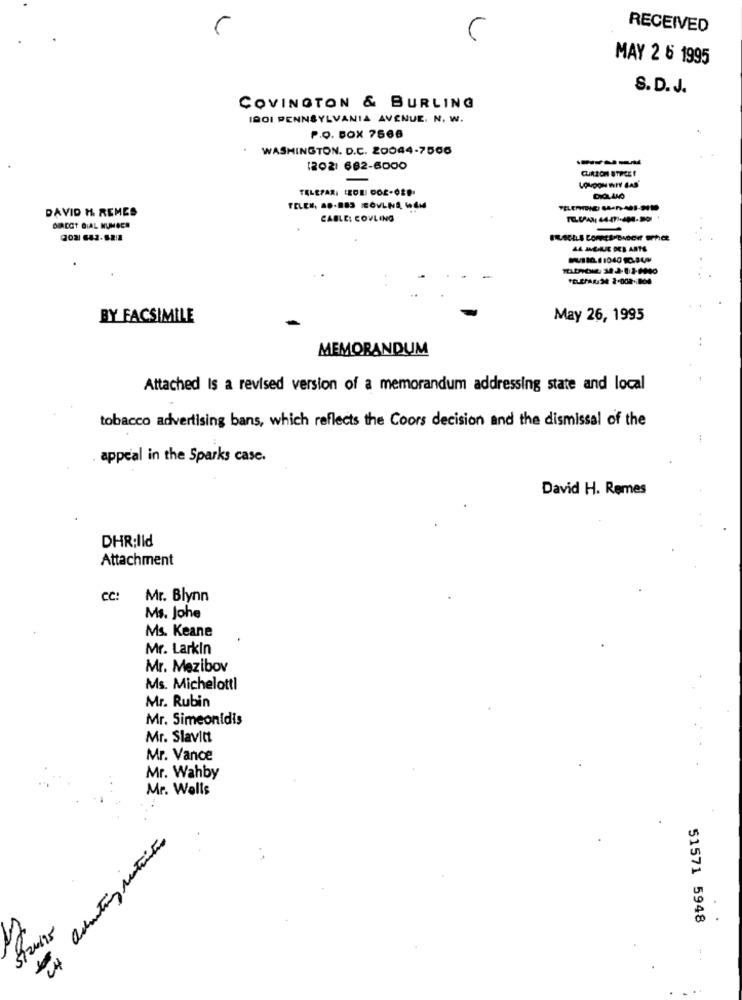
RECEIVED
MAY 2 6 1995
S. D. J.
COVINGTON & BURLING
IBOI PENNSYLVANIA AVENUE. N. W.
P.O. BOX 7566
WASHINGTON. D.C. 20044-7506
---
1202) 682-6000
TELEFAX: LEDEI DOS-OSP
DICLAND
DAVID H. REMES
TELEN, 80-883 EOVLNA, WLM
CABLE: COVLING
DIRECT DIAL NUMBER
BY FACSIMILE
May 26, 1995
MEMORANDUM
Attached Is a revised version of a memorandum addressing state and local
tobacco advertising bans, which reflects the Coors decision and the dismissal of the
-
appeal in the Sparks case.
David H. Remes
DHR:Ild
Attachment
CC:
Mr. Blynn
Ms. Johe
Ms. Keane
Mr. Larkin
Mr. Mezibov
Ms. Michelotti
Mr. Rubin
Mr. Simeonidis
Mr. Slavitt
Mr. Vance
Mr. Wahby
Mr. Wells
51571 5948
: